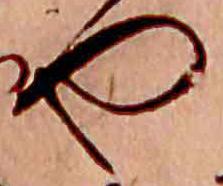
や